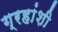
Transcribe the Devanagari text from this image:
ग्रहांशी